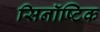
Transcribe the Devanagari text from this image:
सिनॉष्टिक